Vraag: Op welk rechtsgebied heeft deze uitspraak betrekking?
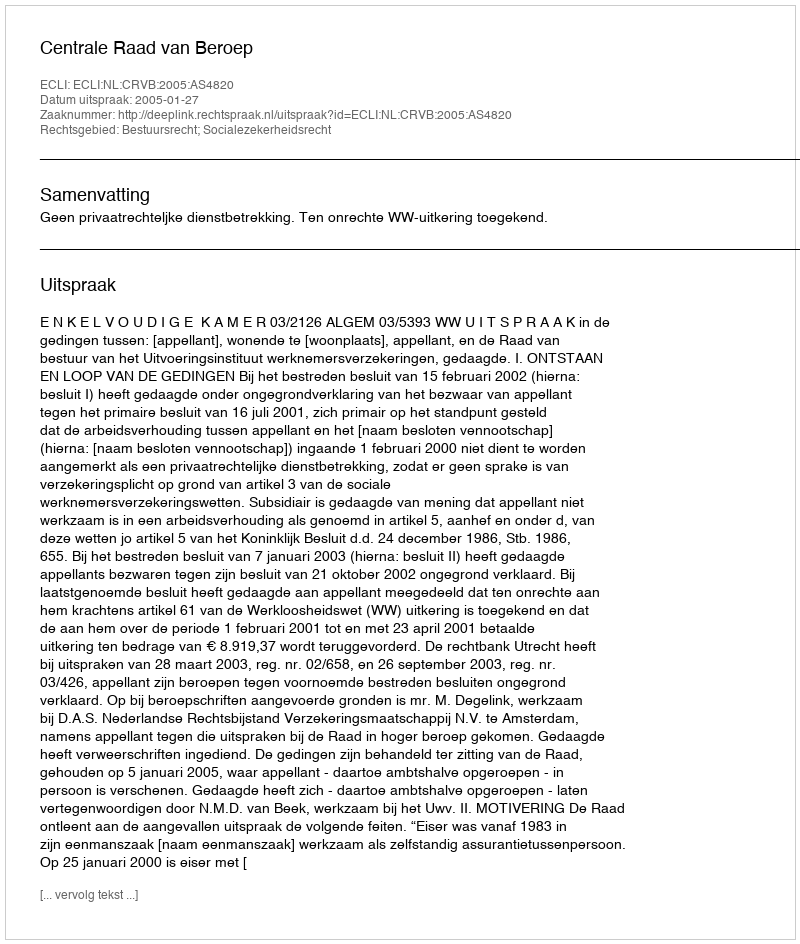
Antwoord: Bestuursrecht; Socialezekerheidsrecht